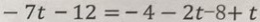
- 7 t - 1 2 = - 4 - 2 t - 8 + t